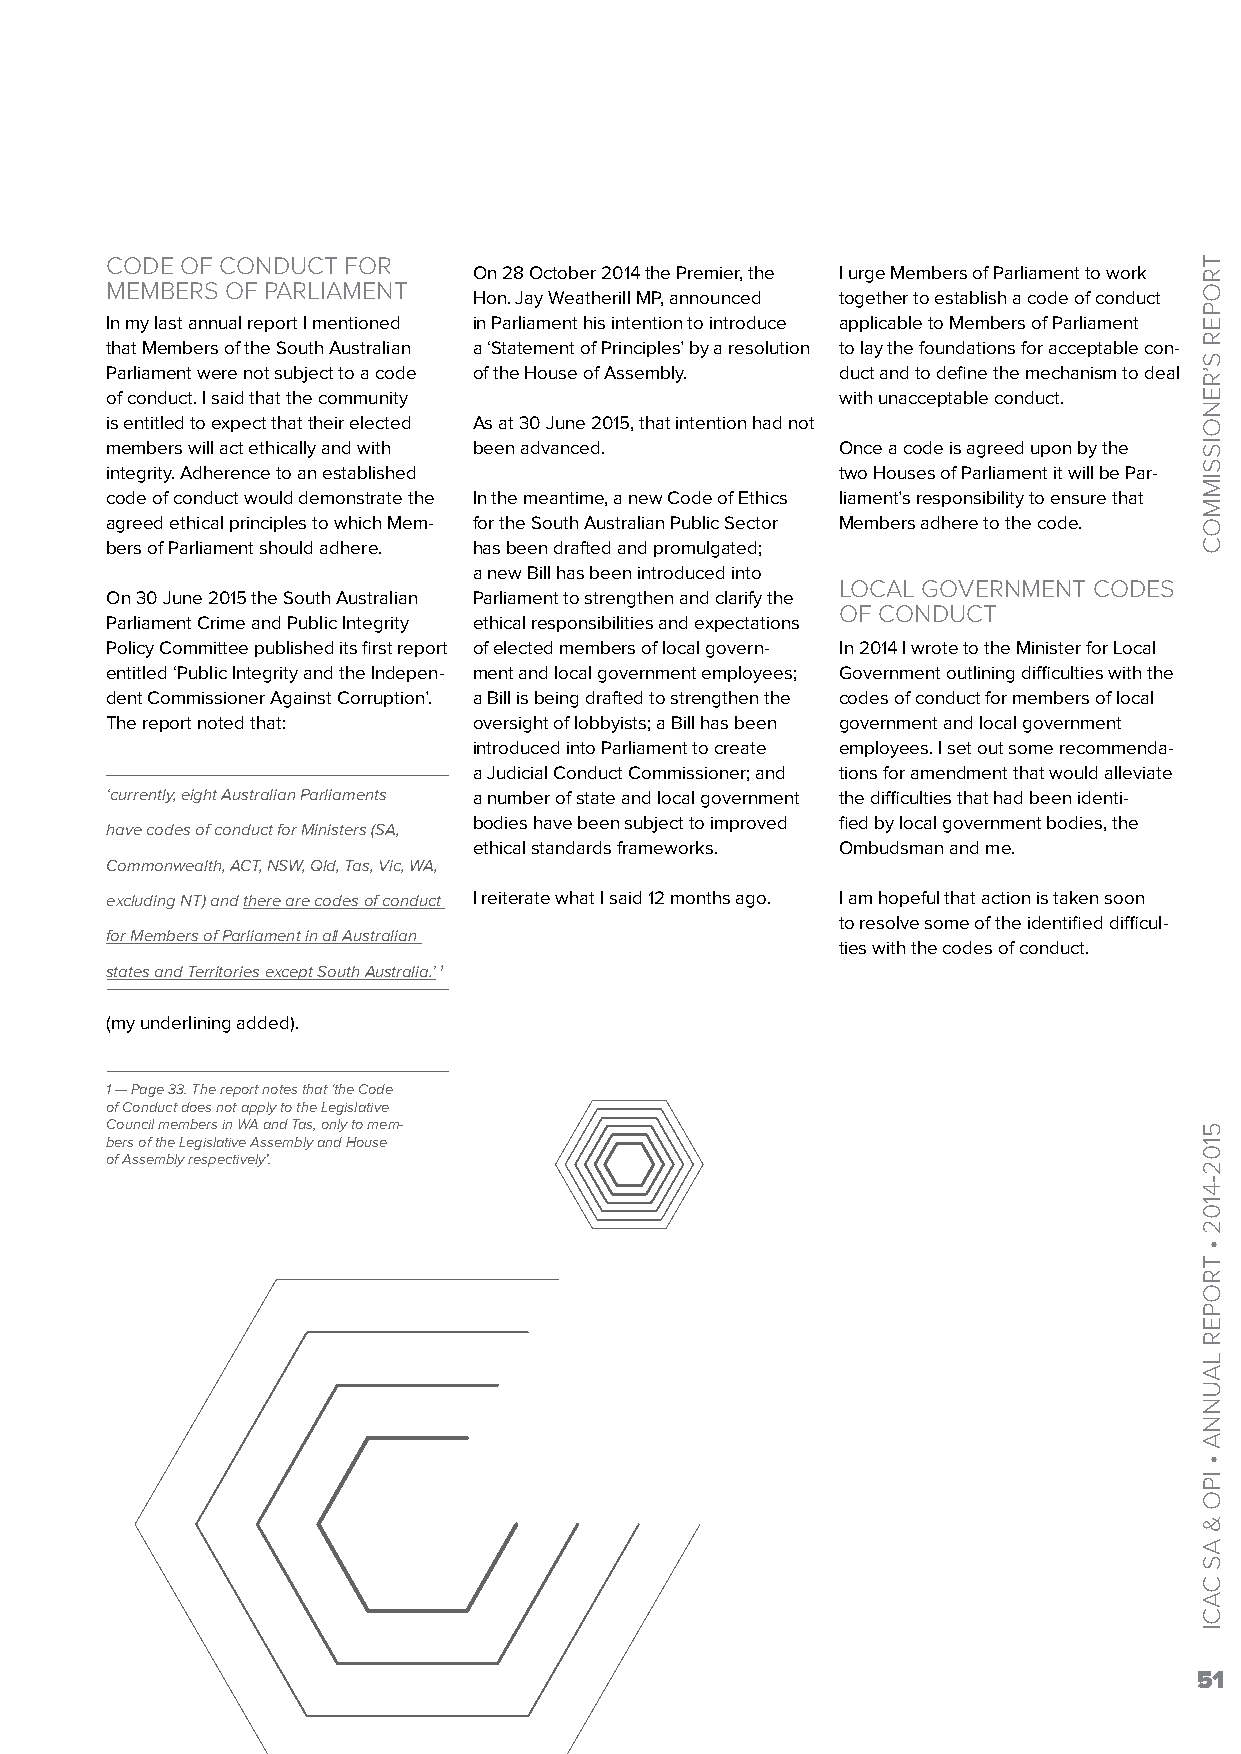
CODE OF CONDUCT FOR
 On 28 October 2014 the Premier, the I urge Members of Parliament to work
 MEMBERS OF PARLIAMENT
 Hon. Jay Weatherill MP, announced together to establish a code of conduct
 In my last annual report I mentioned in Parliament his intention to introduce applicable to Members of Parliament
 that Members of the South Australian a ‘Statement of Principles’ by a resolution to lay the foundations for acceptable con-
 Parliament were not subject to a code of the House of Assembly. duct and to define the mechanism to deal
 of conduct. I said that the community            with unacceptable conduct.
 is entitled to expect that their elected As at 30 June 2015, that intention had not
 members will act ethically and with been advanced. Once a code is agreed upon by the
 integrity. Adherence to an established           two Houses of Parliament it will be Par-
 code of conduct would demonstrate the In the meantime, a new Code of Ethics liament’s responsibility to ensure that
 agreed ethical principles to which Mem- for the South Australian Public Sector Members adhere to the code.
 bers of Parliament should adhere. has been drafted and promulgated;
 a new Bill has been introduced into
 LOCAL GOVERNMENT CODES
 On 30 June 2015 the South Australian Parliament to strengthen and clarify the
 OF CONDUCT
 Parliament Crime and Public Integrity ethical responsibilities and expectations
 Policy Committee published its first report of elected members of local govern- In 2014 I wrote to the Minister for Local
 entitled ‘Public Integrity and the Indepen- ment and local government employees; Government outlining difficulties with the
 dent Commissioner Against Corruption’. a Bill is being drafted to strengthen the codes of conduct for members of local
 The report noted that:  oversight of lobbyists; a Bill has been government and local government
 introduced into Parliament to create employees. I set out some recommenda-
 a Judicial Conduct Commissioner; and tions for amendment that would alleviate
 ‘currently, eight Australian Parliaments a number of state and local government the difficulties that had been identi-
 bodies have been subject to improved fied by local government bodies, the
 have codes of conduct for Ministers (SA,
 ethical standards frameworks. Ombudsman and me.
 Commonwealth, ACT, NSW, Qld, Tas, Vic, WA,
 excluding NT) and there are codes of conduct I reiterate what I said 12 months ago. I am hopeful that action is taken soon
 to resolve some of the identified difficul-
 for Members of Parliament in all Australian
 ties with the codes of conduct.
 states and Territories except South Australia.’ 1
 (my underlining added).
 1 — Page 33. The report notes that ‘the Code
 of Conduct does not apply to the Legislative
 Council members in WA and Tas, only to mem-
 bers of the Legislative Assembly and House
 of Assembly respectively’.
 51
 TROPER
 S’RENOISSIMMOC
 5102-4102
 •
 TROPER
 LAUNNA
 •
 IPO
 &
 AS
 CACI